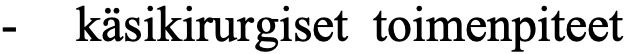
-  käsikirurgiset toimenpiteet